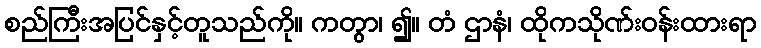
စည်ကြီးအပြင်နှင့်တူသည်ကို။ ကတွာ၊ ၍။ တံ ဌာနံ၊ ထိုကသိုဏ်းဝန်းထားရာ